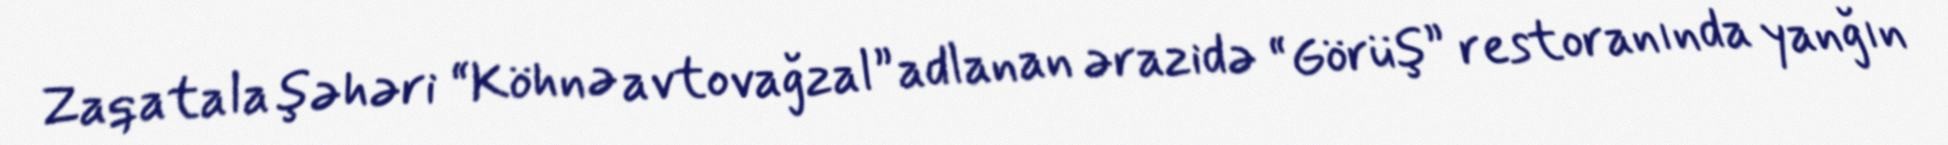
Zaqatala şəhəri “Köhnə avtovağzal” adlanan ərazidə “Görüş” restoranında yanğın